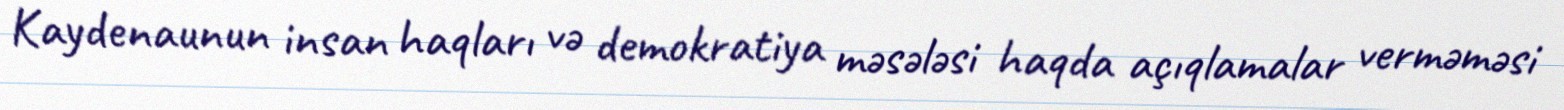
Kaydenaunun insan haqları və demokratiya məsələsi haqda açıqlamalar verməməsi